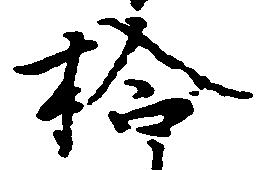
拾